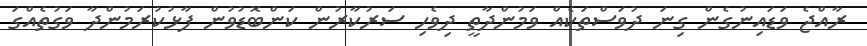
ރާއްޖެ ވަޑައިނުގެން ގިނަ ދުވަސްތަކެއް ވަމުންދާތީ ދިވެހި ސަރުކާރުން ކަންބޮޑުވުން ފާޅުކުރަމުންދާ ވަގުތެއްގަ